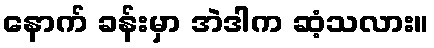
နောက် ခန်းမှာ အဲဒါက ဆံ့သလား။